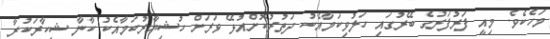
މަހެކެވެ. މިއީ ފަރުފަރުގެ ބޭރުގައި ހަލުވިކަމާއެކު ދަތުރުކޮށްއުޅޭ ވަރަށް ހުޝިޔާރުކަމާއެކު ކާނާ ޝިކާރަކުރާ